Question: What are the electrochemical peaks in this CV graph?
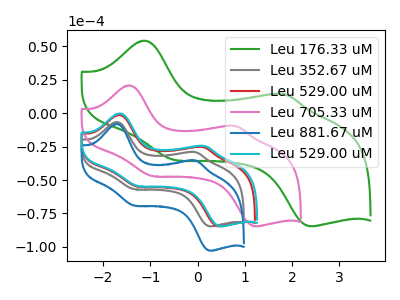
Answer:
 <answer>The green curve "Leu 176.33 uM" has anodic peaks at (-1.10V, 54.20uA) (1.85V, 14.15uA) and cathodic peaks at (-0.50V, -34.95uA) (2.45V, -84.60uA). The gray curve "Leu 352.67 uM" has anodic peaks at (-1.70V, -6.65uA) (-0.05V, -29.15uA) and cathodic peaks at (-1.35V, -56.75uA) (0.30V, -84.65uA). The red curve "Leu 529.00 uM" has anodic peaks at (-1.65V, -1.35uA) (0.10V, -25.35uA) and cathodic peaks at (-1.25V, -54.85uA) (0.50V, -84.65uA). The pink curve "Leu 705.33 uM" has anodic peaks at (-1.45V, 20.70uA) (0.80V, -9.65uA) and cathodic peaks at (-0.95V, -46.95uA) (1.25V, -84.60uA). The blue curve "Leu 881.67 uM" has anodic peaks at (-1.70V, -8.10uA) (-0.05V, -35.45uA) and cathodic peaks at (-1.35V, -68.95uA) (0.30V, -102.85uA). The cyan curve "Leu 529.00 uM" has anodic peaks at (-1.65V, -0.30uA) (0.15V, -24.60uA) and cathodic peaks at (-1.25V, -54.45uA) (0.50V, -84.65uA).</answer>
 <eval></eval>